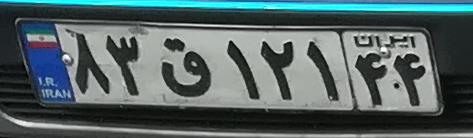
۸۳ق۱۲۱۴۴